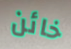
خائن